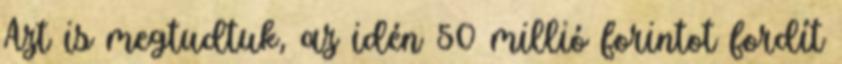
Azt is megtudtuk, az idén 50 millió forintot fordít